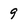
Character: 9